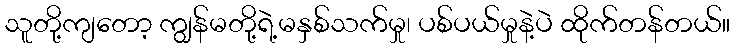
သူတို့ကျတော့ ကျွန်မတို့ရဲ့မနှစ်သက်မှု၊ ပစ်ပယ်မှုနဲ့ပဲ ထိုက်တန်တယ်။